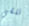
نلقي